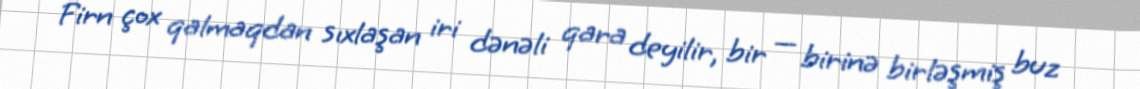
Firn çox qalmaqdan sıxlaşan iri dənəli qara deyilir, bir — birinə birləşmiş buz